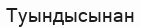
Туындысынан